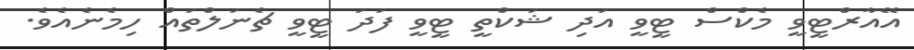
އޭއާރްޓީވީ މެކްސް ޓީވީ އަދި ޝަކްތީ ޓީވީ ފަދަ ޓީވީ ޗެނަލްތައް ހިމެނެއެވެ.